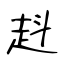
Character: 﨣